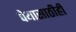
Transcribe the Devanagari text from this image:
पेयासाठीही